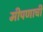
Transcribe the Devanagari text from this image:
मीपणाची